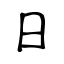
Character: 日